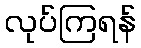
လုပ်ကြရန်